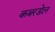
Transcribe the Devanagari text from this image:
कबरडेल